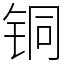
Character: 铜